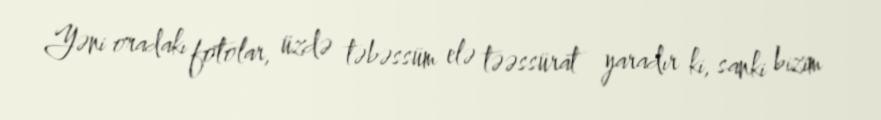
Yəni oradakı fotolar, üzdə təbəssüm elə təəssürat yaradır ki, sanki bizim